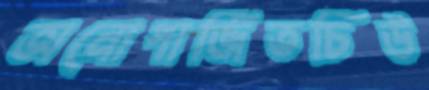
অনোপার্জিতচিউ